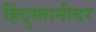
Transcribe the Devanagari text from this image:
हिंदुस्तानीवर